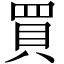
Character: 買